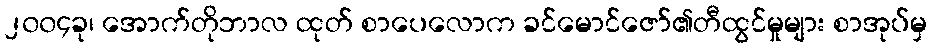
၂၀၀၄ခု၊ အောက်တိုဘာလ ထုတ် စာပေလောက ခင်မောင်ဇော်၏တီထွင်မှုများ စာအုပ်မှ